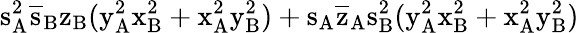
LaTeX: \mathrm{s_{A}^{2}\mathrm{\overline{{s}}_{B}\mathrm{z_{B}(\mathrm{y_{A}^{2}\mathrm{x_{B}^{2}+\mathrm{x_{A}^{2}\mathrm{y_{B}^{2})+\mathrm{s_{A}\mathrm{\overline{{z}}_{A}\mathrm{s_{B}^{2}(\mathrm{y_{A}^{2}\mathrm{x_{B}^{2}+\mathrm{x_{A}^{2}\mathrm{y_{B}^{2})}}}}}}}}}}}}}}